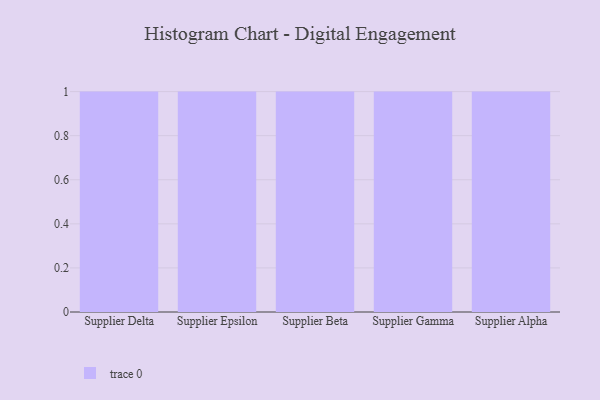
{"axis": {"x": "Supplier", "y": "Churn Rate (%)"}, "legend": [""], "data": [{"x": "Supplier Delta", "y": 10, "type": ""}, {"x": "Supplier Epsilon", "y": 20, "type": ""}, {"x": "Supplier Beta", "y": 28, "type": ""}, {"x": "Supplier Gamma", "y": 100, "type": ""}, {"x": "Supplier Alpha", "y": 35, "type": ""}]}